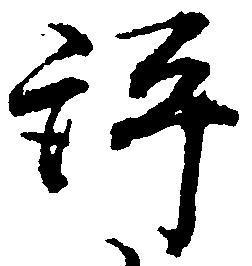
評